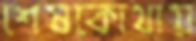
শেষকোথায়